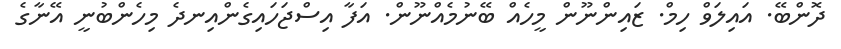
ދޮންބޭ. އައިލަވް ހިމް. ޒައިންނޫން މީހެއް ބޭނުމެއްނޫން. އަފާ އިސްޖަހައިގެންއިނދެ މިހެންބުނީ އޭނާގެ